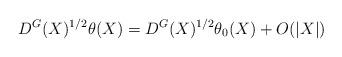
LaTeX: \begin{align*}D^G(X)^{1/2}\theta(X)=D^G(X)^{1/2}\theta_0(X)+O(\lvert X\rvert)\end{align*}